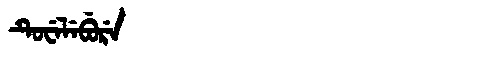
Manchu: ᡨᡠᠸᡝᠯᡝᠪᡠᡵᡝ
Romanization: TUWELEBURE